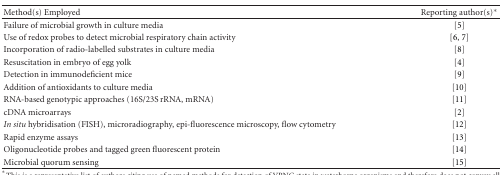
<table><thead><tr><td><b>Method(s) Employed</b></td><td><b>Reporting author(s)*</b></td></tr></thead><tbody><tr><td>Failure of microbial growth in culture media</td><td>[5]</td></tr><tr><td>Use of redox probes to detect microbial respiratory chain activity</td><td>[6, 7]</td></tr><tr><td>Incorporation of radio-labelled substrates in culture media</td><td>[8]</td></tr><tr><td>Resuscitation in embryo of egg yolk</td><td>[4]</td></tr><tr><td>Detection in immunodeficient mice</td><td>[9]</td></tr><tr><td>Addition of antioxidants to culture media</td><td>[10]</td></tr><tr><td>RNA-based genotypic approaches (16S/23S rRNA, mRNA)</td><td>[11]</td></tr><tr><td>cDNA microarrays</td><td>[2]</td></tr><tr><td><i>In situ</i> hybridisation (FISH), microradiography, epi-fluorescence microscopy, flow cytometry</td><td>[12]</td></tr><tr><td>Rapid enzyme assays</td><td>[13]</td></tr><tr><td>Oligonucleotide probes and tagged green fluorescent protein</td><td>[14]</td></tr><tr><td>Microbial quorum sensing</td><td>[15]</td></tr></tbody></table>